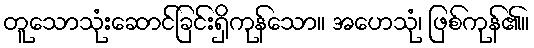
တူသောသုံးဆောင်ခြင်းရှိကုန်သော။ အဟေသုံ၊ ဖြစ်ကုန်၏။